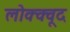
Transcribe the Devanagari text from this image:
लोक्क्वूद